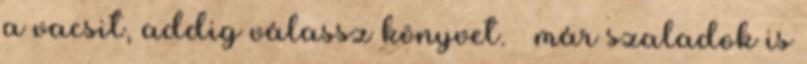
a vacsit, addig válassz könyvet. – már szaladok is